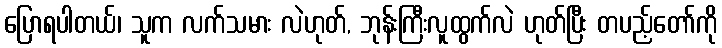
ပြောရပါတယ်၊ သူက လက်သမား လဲဟုတ်, ဘုန်းကြီးလူထွက်လဲ ဟုတ်ပြီး တပည့်တော်ကို